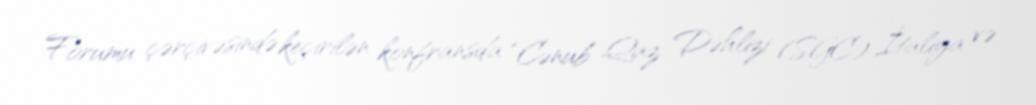
Forumu çərçivəsində keçirilən konfransda “Cənub Qaz Dəhlizi (SGC) İtaliya və